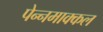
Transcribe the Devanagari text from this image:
पेन्नमाक्कल